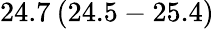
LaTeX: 24.7\: (24.5-25.4)